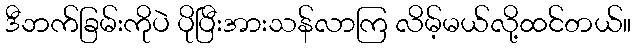
ဒီဘက်ခြမ်းကိုပဲ ပိုပြီးအားသန်လာကြ လိမ့်မယ်လို့ထင်တယ်။